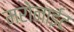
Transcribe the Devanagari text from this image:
मरोनाईट